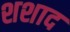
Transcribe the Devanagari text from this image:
शशाद